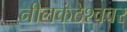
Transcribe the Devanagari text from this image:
नीलकंठेश्‍ववर